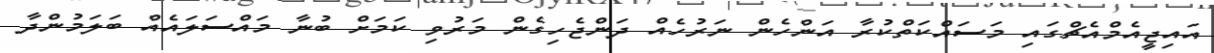
އައިޖީއެމްއެޗްގައި މަސައްކަތްކުރާ އަންހެން ނަރުހެއް ދަންޖެހިގެން މަރުވި ކަމަށް ބުނާ މައްސަލައެއް ބަލަމުންދާ